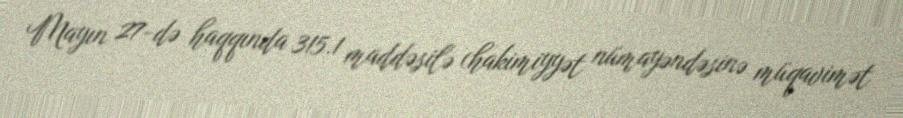
Mayın 27-də haqqında 315.1 maddəsilə (hakimiyyət nümayəndəsinə müqavimət